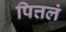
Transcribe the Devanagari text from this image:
पित्तलं